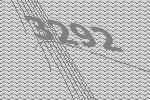
3292